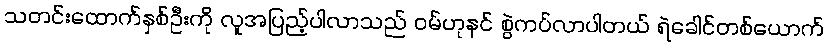
သတင်းထောက်နှစ်ဦးကို လူအပြည့်ပါလာသည် ဝမ်ဟုနင် စွဲကပ်လာပါတယ် ရဲခေါင်တစ်ယောက်